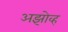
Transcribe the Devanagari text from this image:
अझोव्ह